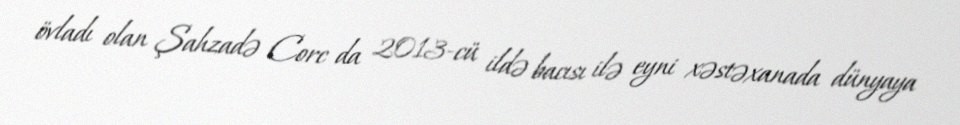
övladı olan Şahzadə Corc da 2013-cü ildə bacısı ilə eyni xəstəxanada dünyaya